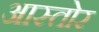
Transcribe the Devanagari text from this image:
आस्तोर